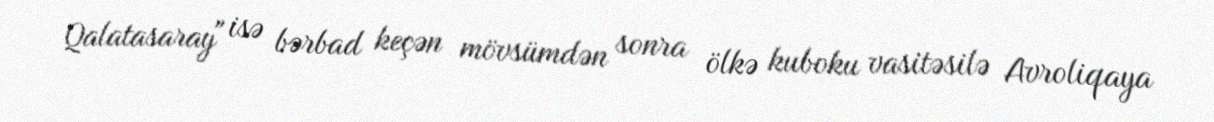
Qalatasaray" isə bərbad keçən mövsümdən sonra ölkə kuboku vasitəsilə Avroliqaya